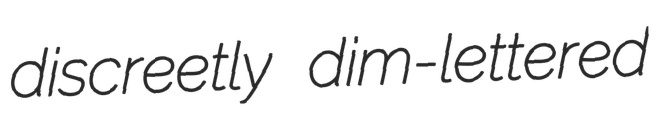
discreetly dim-lettered